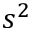
s ^ { 2 }